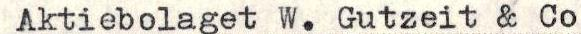
Aktiebolaget W. Gutzeit & Co